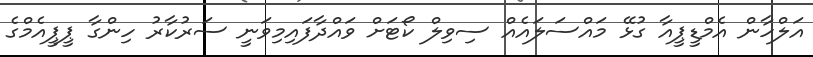
އަލްހާން އެމްޑީޕީއާ ގުޅޭ މައްސަލައެއް ސިވިލް ކޯޓަށް ވައްދާފައިމިވަނީ ސަރުކާރު ހިންގާ ޕީޕީއެމްގެ